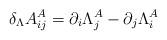
LaTeX: \begin{align*}\delta_\Lambda A^A_{ij} = \partial_{i} \Lambda^A_j -\partial_j \Lambda^A_i\end{align*}